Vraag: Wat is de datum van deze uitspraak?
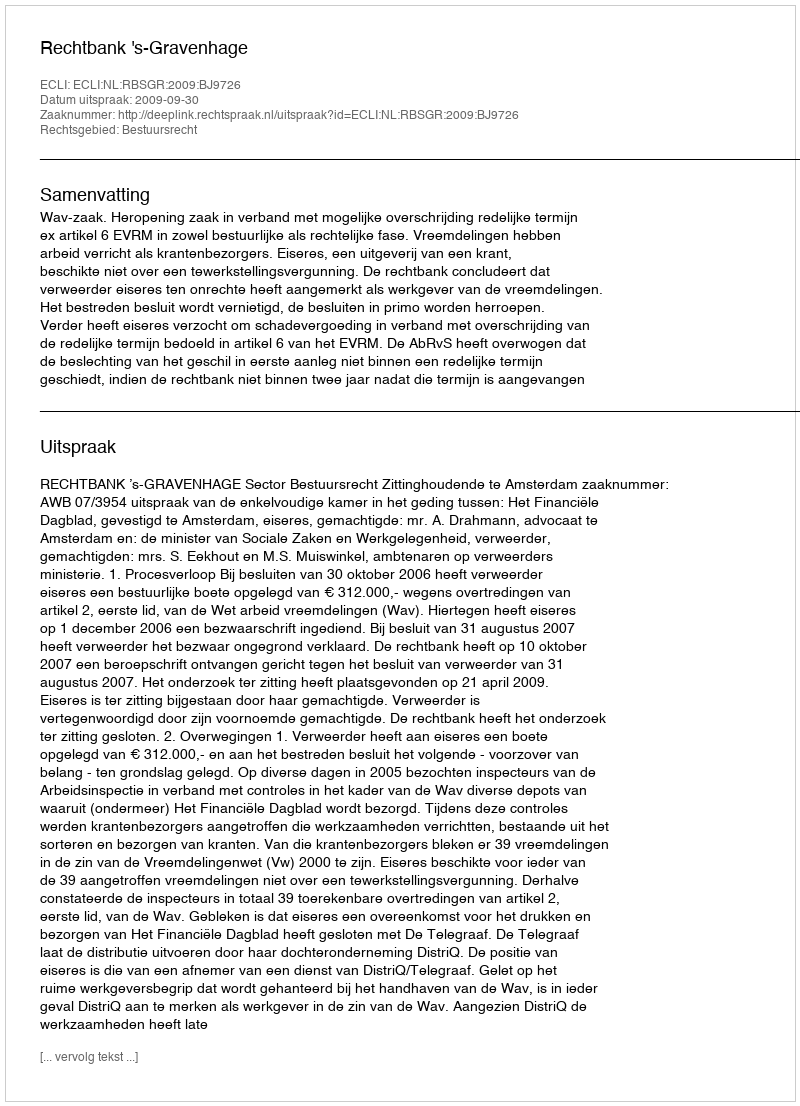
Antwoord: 2009-09-30